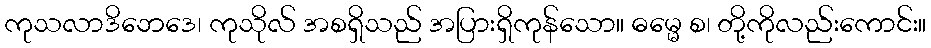
ကုသလာဒိဘေဒေ၊ ကုသိုလ် အစရှိသည် အပြားရှိကုန်သော။ ဓမ္မေ စ၊ တို့ကိုလည်းကောင်း။